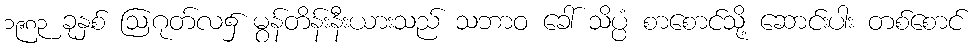
၁၉၈၃ ခုနှစ် ဩဂုတ်လ၌ မွန်တိန်းနီးယားသည် သဘာဝ ခေါ် သိပ္ပံ စာစောင်သို့ ဆောင်းပါး တစ်စောင်